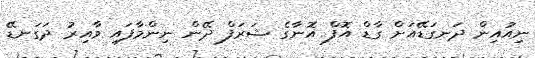
ނިއުއިން ދަނގަޑޭއަށް ގާޑް އޮފް އޮނާގެ ޝަރަފް ދޭން ނިންމާފައި ވާއިރު ދަގަނޑޭ